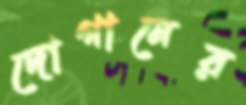
দোগানের